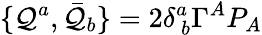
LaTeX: \{ {\cal Q}^{a},\bar{{\cal Q}}_{b}\} =2\delta_{~b}^{a}\Gamma^{A}P_{A}